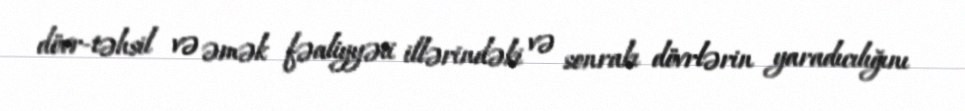
dövr-təhsil və əmək fəaliyyəti illərindəki və sonrakı dövrlərin yaradıcılığını